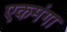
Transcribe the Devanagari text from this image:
एकमंगा